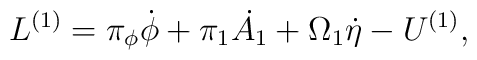
L^{(1)} =\pi _\phi \dot{\phi} + \pi _1 \dot{A_1} + \Omega_1 \dot {\eta } - U^{(1)},